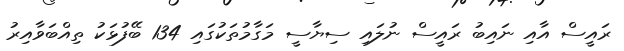
ރައީސް އާއި ނައިބު ރައީސް ނުލައި ސިޔާސީ މަގާމުތަކުގައި 134 ބޭފުޅަކު ތިއްބަވާއިރު